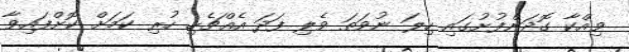
ވިއްކާ ގޮދަންފުށުގައި ހިލަ ނުވަތަ ވެލި ފަދަ އެއްޗެހި ހުރި ކަމަށް ކޮށްފައިވާ